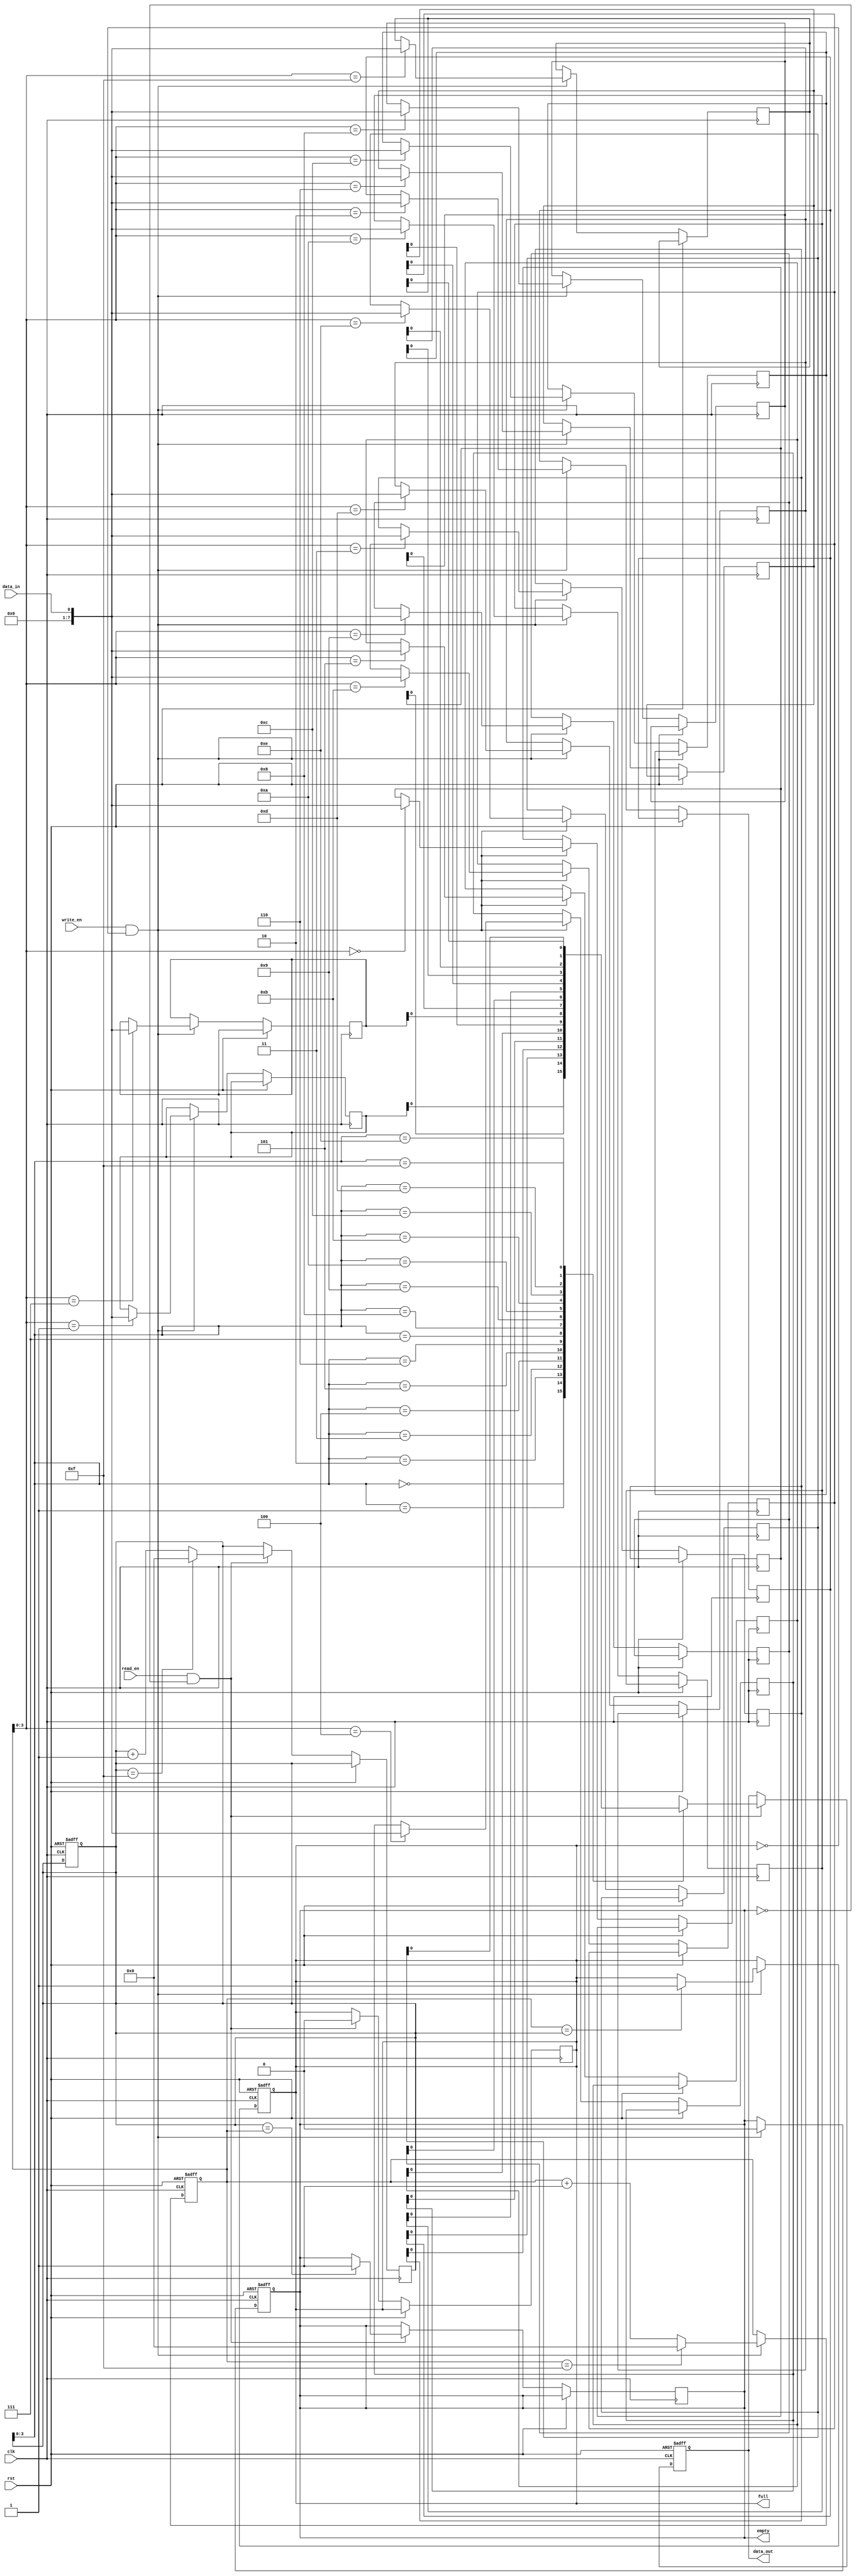
module fifo_buffer (
    input wire clk,
    input wire rst,
    input wire data_in,
    input wire write_en,
    output wire data_out,
    input wire read_en,
    output wire full,
    output wire empty
);

parameter BUFFER_DEPTH = 16;
reg [7:0] buffer [0:BUFFER_DEPTH-1];
reg [4:0] write_ptr = 0;
reg [4:0] read_ptr = 0;
reg full = 0;
reg empty = 1;

always @(posedge clk or posedge rst) begin
    if (rst) begin
        write_ptr <= 0;
        read_ptr <= 0;
        full <= 0;
        empty <= 1;
    end else begin
        if (write_en && !full) begin
            buffer[write_ptr] <= data_in;
            write_ptr <= write_ptr + 1;
            if (write_ptr == BUFFER_DEPTH-1)
                write_ptr <= 0;
            if (write_ptr == read_ptr)
                full <= 1;
            empty <= 0;
        end
    end
end

always @(posedge clk or posedge rst) begin
    if (rst) begin
        data_out <= 8'b0;
    end else begin
        if (read_en && !empty) begin
            data_out <= buffer[read_ptr];
            read_ptr <= read_ptr + 1;
            if (read_ptr == BUFFER_DEPTH-1)
                read_ptr <= 0;
            if (read_ptr == write_ptr)
                empty <= 1;
            full <= 0;
        end
    end
end

endmodule